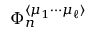
\Phi _ { n } ^ { \langle \mu _ { 1 } \cdots \mu _ { \ell } \rangle }